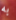
به